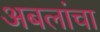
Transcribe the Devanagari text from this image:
अबलांचा